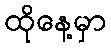
ထိုနေ့မှာ